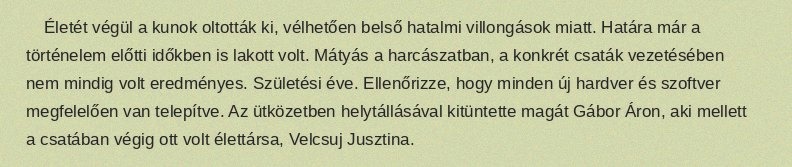
Életét végül a kunok oltották ki, vélhetően belső hatalmi villongások miatt. Határa már a történelem előtti időkben is lakott volt. Mátyás a harcászatban, a konkrét csaták vezetésében nem mindig volt eredményes. Születési éve. Ellenőrizze, hogy minden új hardver és szoftver megfelelően van telepítve. Az ütközetben helytállásával kitüntette magát Gábor Áron, aki mellett a csatában végig ott volt élettársa, Velcsuj Jusztina.